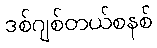
ဒစ်ဂျစ်တယ်စနစ်